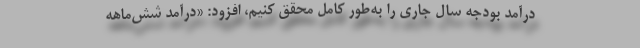
درآمد بودجه سال جاری را به‌طور کامل محقق کنیم، افزود: «درآمد شش‌ماهه